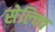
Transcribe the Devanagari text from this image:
सेल्क्वि